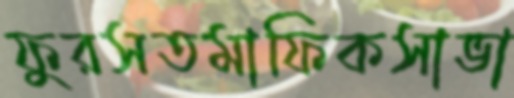
ফুরসতমাফিকসাভা